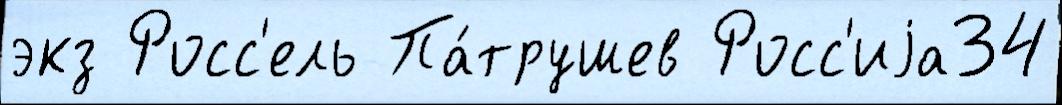
экз Росс'ель Па́трушев Росс'иjа34